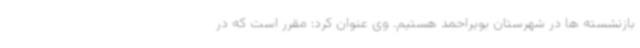
بازنشسته ها در شهرستان بویراحمد هستیم. وی عنوان کرد: مقرر است که در